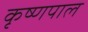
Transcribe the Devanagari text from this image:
कृष्णपाल